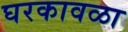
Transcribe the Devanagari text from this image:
घरकावळा